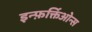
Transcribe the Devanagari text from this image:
इन्फ़र्क्तिओन्स